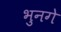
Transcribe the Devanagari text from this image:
भुनगे